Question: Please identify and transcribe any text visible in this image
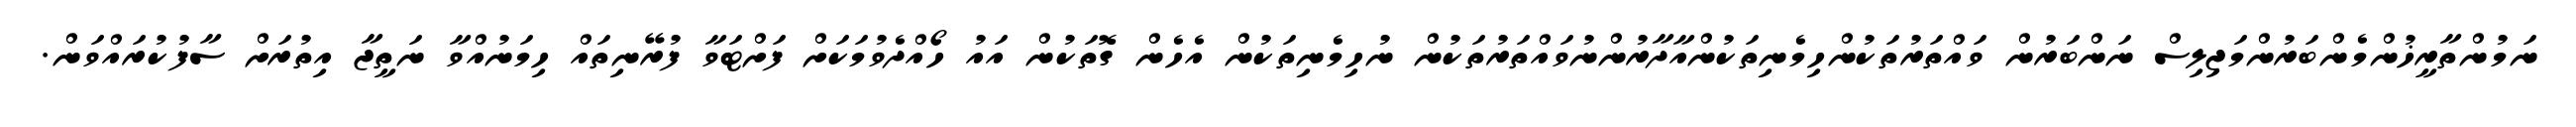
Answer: ނަމުންތާރީޚުންމެންބަރުންމަޖިލިސް ނަންބަރުން ވައްތަރުތަކުންހިމެނިތަކުންއާދާރުންނުވައްތަރުތަކުން ނުހިމެނިތަކުން އެހެން ގޮތަކުން އައު ހޯއްދެވުމަކަށް ފަށްޓަވާ ފުރޭނިތައް ހިމަނުއްވާ ނަތީޖާ އިތުރަށް ސާފުކުރައްވަން.